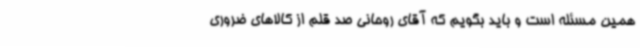
همین مسئله است و باید بگویم که آقای روحانی صد قلم از کالاهای ضروری